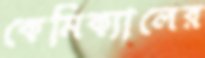
কেমিক্যালের